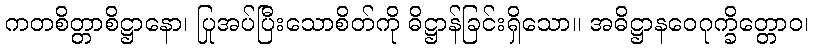
ကတစိတ္တာစိဋ္ဌာနော၊ ပြုအပ်ပြီးသောစိတ်ကို ဓိဋ္ဌာန်ခြင်းရှိသော။ အဓိဋ္ဌာနဝေဂုက္ခိတ္တောဝ၊